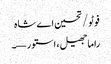
فوٹو/ تحسین اے شاہ
راما جھیل، استور—۔